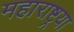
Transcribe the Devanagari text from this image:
महाराष्ट्रया